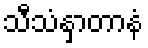
သီသံနှာတာနံ